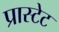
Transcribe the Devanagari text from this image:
प्रास्टेट